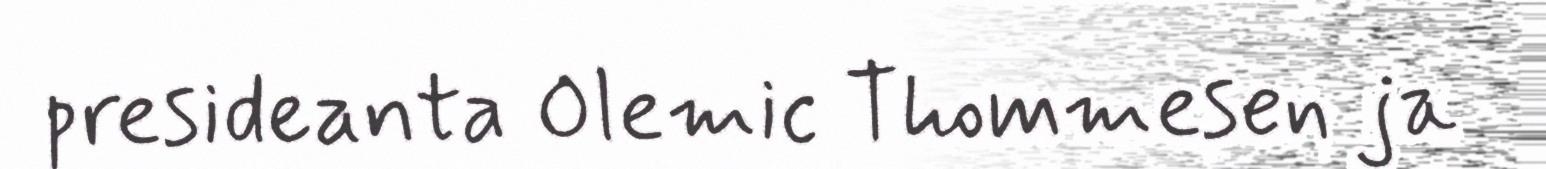
presideanta Olemic Thommesen ja